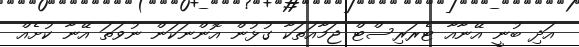
އަދި ބުނީ އޭނާއާ ޓެރަރިސްޓް ޖަމާއަތަކާ ގުޅުން އޮންނަކަން ނުވަތަ އޭނާ ކުށެއް